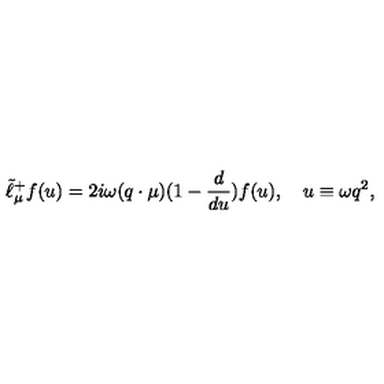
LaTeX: \tilde { \ell } _ { \mu } ^ { + } f ( u ) = 2 i \omega ( q \cdot \mu ) ( 1 - { \frac { d } { d u } } ) f ( u ) , \quad u \equiv \omega q ^ { 2 } ,